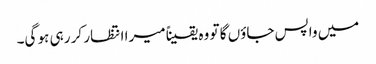
میں واپس جاؤں گا تو وہ یقیناً میرا انتظار کر رہی ہو گی۔